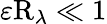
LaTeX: \varepsilon\mathrm{R}_{\lambda}\ll 1